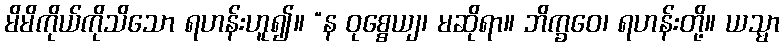
မိမိကိုယ်ကိုသိသော ရဟန်းဟူ၍။ “န ဝုစ္စေယျ၊ မဆိုရာ။ ဘိက္ခဝေ၊ ရဟန်းတို့။ ယသ္မာ